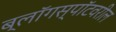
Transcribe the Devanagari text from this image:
ब्लॉगस्पॉटवरील